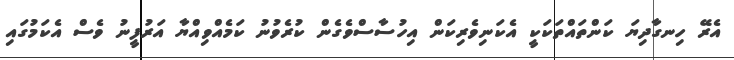
އެރޭ ހިނގާދިޔަ ކަންތައްތަކަކީ އެކަނިވެރިކަން އިހުސާސްވެގެން ކުރެވުނު ކަމެއްވިއްޔާ އަރުފީނު ވެސް އެކަމުގައި